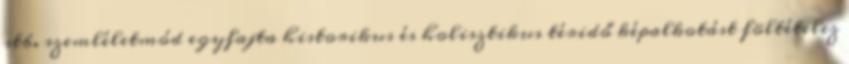
stb. szemléletmód egyfajta historikus és holisztikus téridő képalkotást föltételez